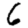
Digit: 6